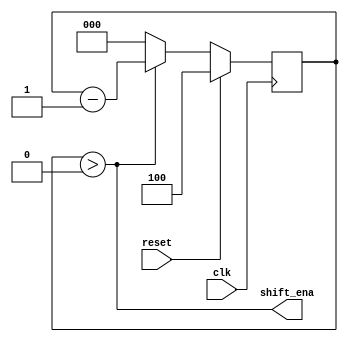
module top_module (
    input clk,
    input reset,      // Synchronous reset
    output shift_ena);

    reg [2:0] cs;

    always @(posedge clk) begin
      if (reset)
        cs <= 4;
      else
        cs <= cs > 0 ? cs - 1 : 0;
    end

    assign shift_ena = cs > 0;
endmodule